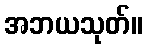
အဘယသုတ်။